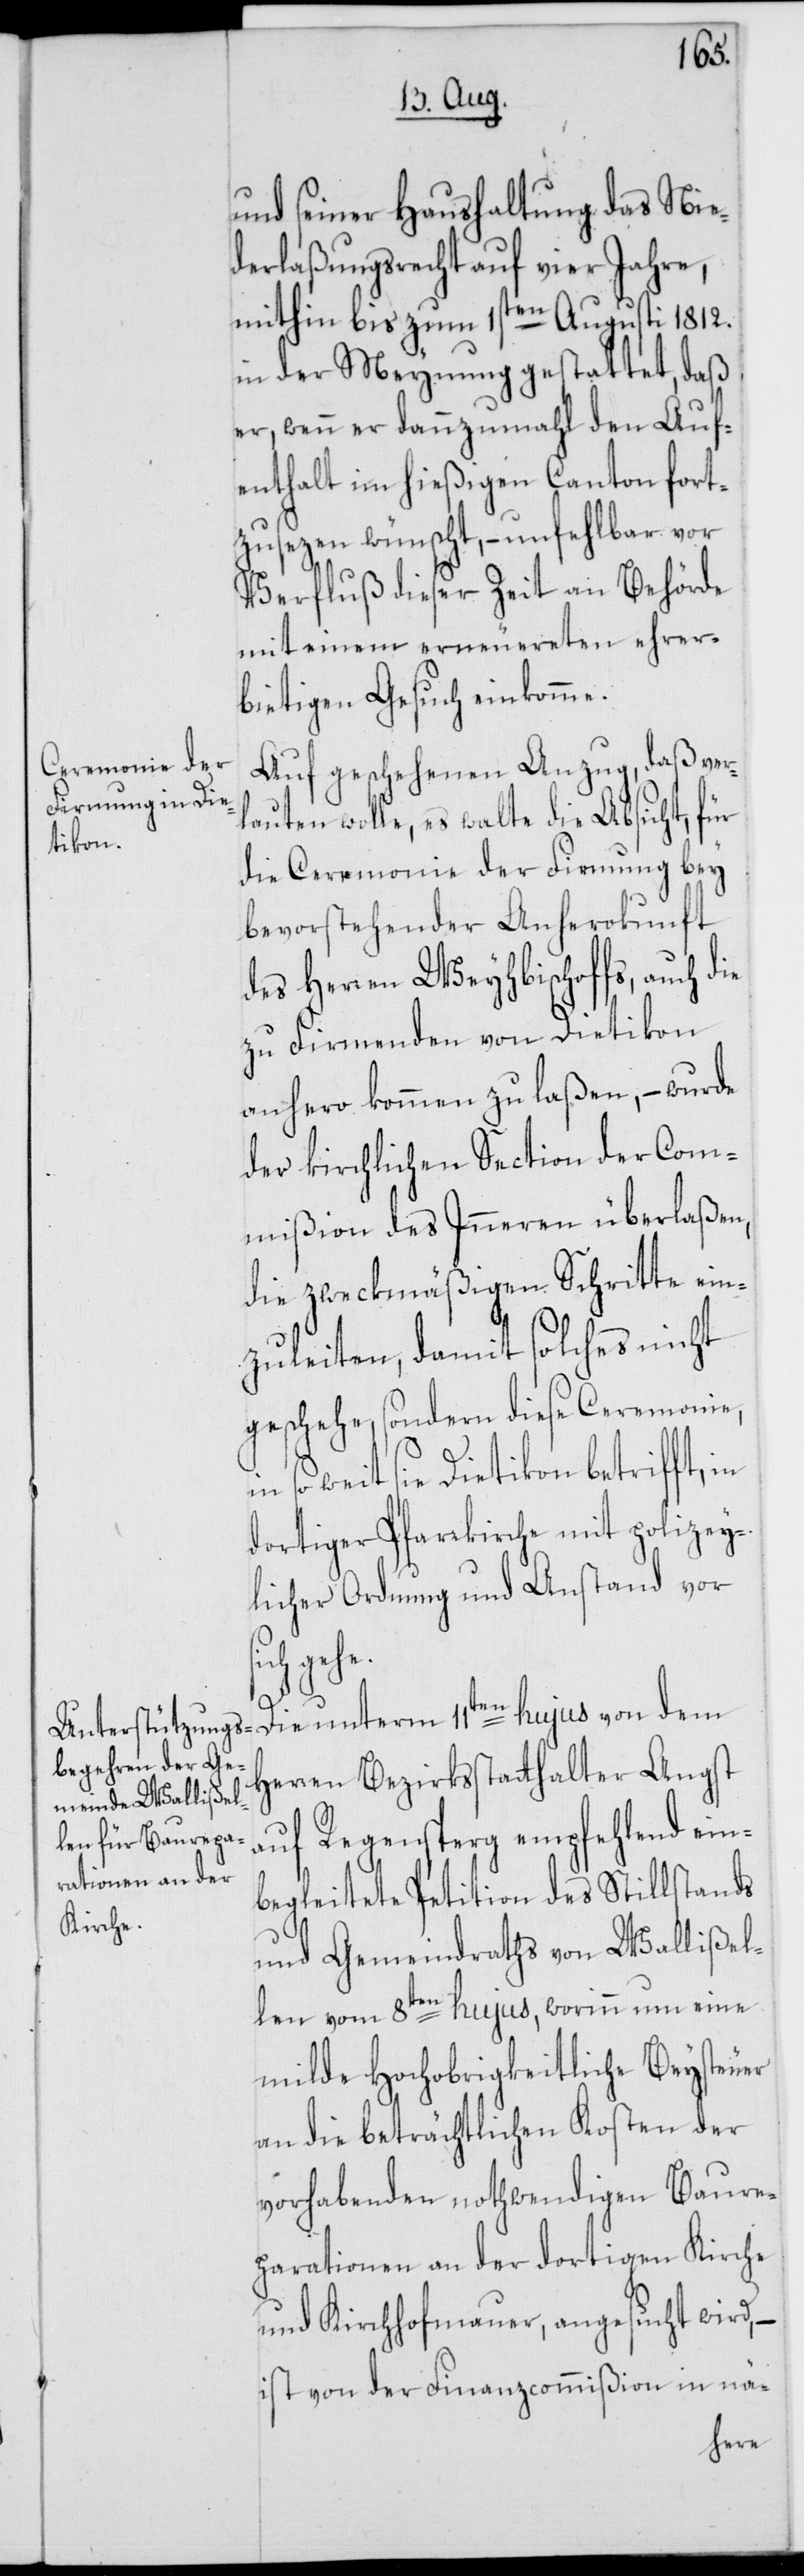
und seiner Haushaltung das Nie¬
derlaßungsrecht auf vier Jahre,
mithin bis zum 1sten Augusti 1812.
in der Meynung gestattet, daß
er, wenn er dannzumahl den Auf¬
enthalt im hießigen Canton fort¬
zusezen wünscht, – unfehlbar vor
Verfluß dieser Zeit an Behörde
mit einem erneuereten ehrer¬
bietigen Gesuch einkomme.
Auf geschehenen Anzug, daß ver¬
lauten wolle, es walte die Absicht, für
die Ceremonie der Firmung bey
bevorstehender Anherokunft
des Herren Weyhbischoffs, auch die
zu Firmenden von Dietikon
anhero kommen zu laßen, – wurde
der kirchlichen Section der Com¬
mißion des Inneren überlaßen,
die zweckmäßigen Schritte ein¬
zuleiten, damit solches nicht
geschehe, sondern diese Ceremonie,
so weit sie Dietikon betrifft,
dortiger Pfarrkirche mit polizey¬
licher Ordnung und Anstand vor
sich gehe.
Herren Bezirksstatthalter Angst
auf Regensperg empfehlend ein¬
begleitete Petition des Stillstands
und Gemeindraths von Wallißel¬
len vom 8ten hujus, worinn um eine
milde Hochobrigkeitliche Beysteuer
an die beträchtlichen Kosten der
vorhabenden nothwendigen Baure¬
parationen an der dortigen Kirche
und Kichhofmauer, angesucht wird,
ist von der Finanzcommißion in nä-